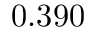
0 . 3 9 0